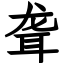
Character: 聋